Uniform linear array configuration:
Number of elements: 4
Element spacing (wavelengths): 1
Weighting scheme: kaiser
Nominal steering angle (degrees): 30
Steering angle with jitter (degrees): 29.82
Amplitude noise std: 0.05
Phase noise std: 0.05

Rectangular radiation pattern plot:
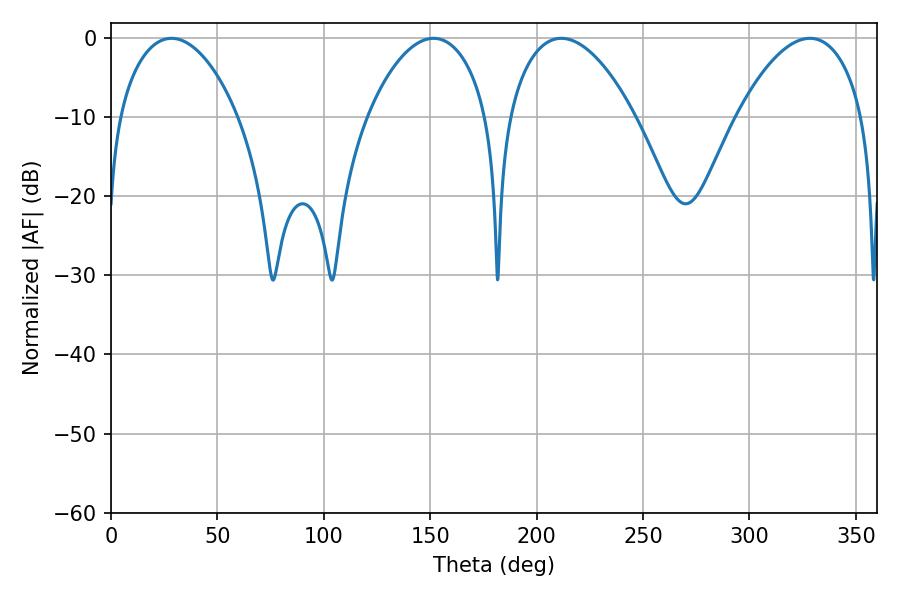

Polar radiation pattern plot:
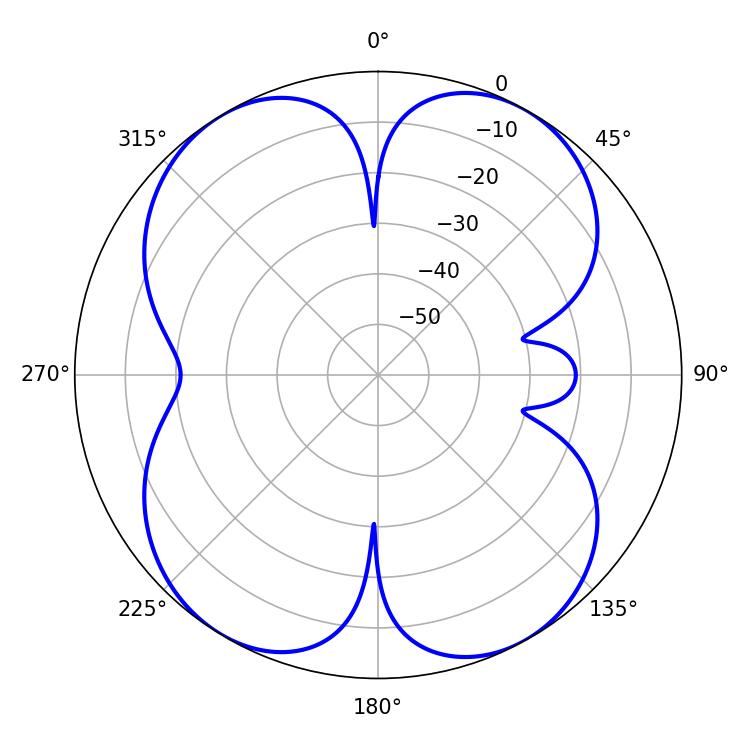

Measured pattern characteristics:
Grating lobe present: TRUE
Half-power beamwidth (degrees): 31.68
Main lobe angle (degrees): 151.56